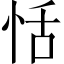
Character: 恬